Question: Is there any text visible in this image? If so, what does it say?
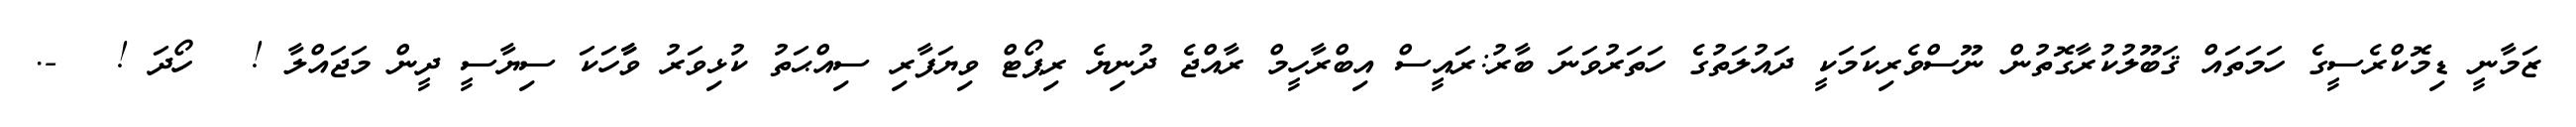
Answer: ޒަމާނީ ޑިމޮކްރެސީގެ ހަމަތައް ޤަބޫލުކުރާގޮތުން ނޫސްވެރިކަމަކީ ދައުލަތުގެ ހަތަރުވަނަ ބާރު:ރައީސް އިބްރާހީމް ރާއްޖެ ދުނިޔެ ރިޕޯޓް ވިޔަފާރި ސިއްޙަތު ކުޅިވަރު ވާާހަކަ ސިޔާސީ ދީން މަޖައްލާ ! ? ހޯދަ ! ? -.